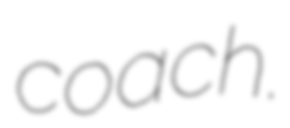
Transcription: coach.